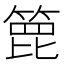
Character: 𥰕